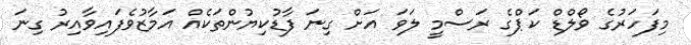
މިފަހަރުގެ ވޯލްޑް ކަޕްގެ ރަސްމީ ލަވަ އަށް ގިނަ ފާޑުކިޔުންތަކެއް އަމާޒުވެފައިވާއިރު ގިނަ